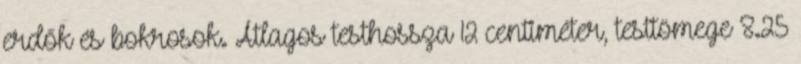
erdők és bokrosok. Átlagos testhossza 12 centiméter, testtömege 8.25